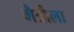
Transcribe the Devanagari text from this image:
मैत्रीला